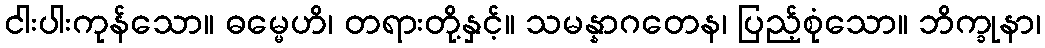
ငါးပါးကုန်သော။ ဓမ္မေဟိ၊ တရားတို့နှင့်။ သမန္နာဂတေန၊ ပြည့်စုံသော။ ဘိက္ခုနာ၊